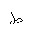
Letter: _da